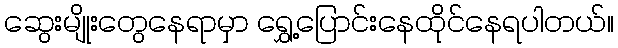
ဆွေးမျိုးတွေနေရာမှာ ရွှေ့ပြောင်းနေထိုင်နေရပါတယ်။